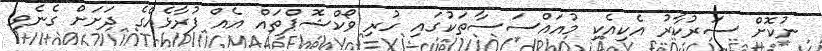
ނުކޮށް ސަރުކާރު އެކިއެކި މުއައްސަސާތަކުގައި ހުރި ވޯކްޝޮޕްތައް އެއް ފުރާޅެއްގެ ދަށަށް ގެނެވި